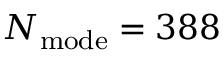
N _ { \mathrm { m o d e } } = 3 8 8